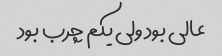
عالی بود ولی یکم چرب بود